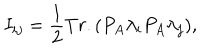
LaTeX: I _ { i j } = { \frac { 1 } { 2 } } T r . ( P _ { A } \lambda _ { i } P _ { A } \lambda _ { j } ) ,